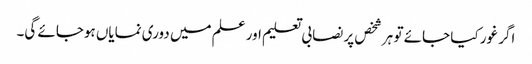
اگر غور کیا جائے تو ہر شخص پر نصابی تعلیم اور علم میں دوری نمایاں ہوجائے گی۔